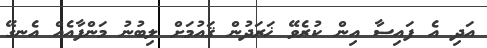
އަދި އެ ފައިސާ އިން ކުރެވޭ ޚަރަދުން ޤައުމަށް ލިބުނު މަންފާއެއް އެނގޭ